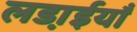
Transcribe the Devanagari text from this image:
लडा़ईयाँ